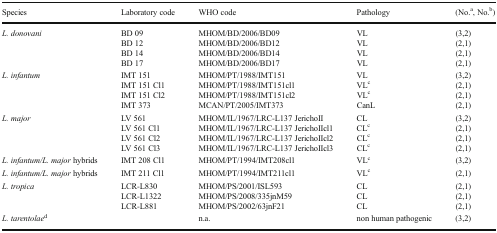
<table><thead><tr><td><b>Species</b></td><td><b>Laboratory code</b></td><td><b>WHO code</b></td><td><b>Pathology</b></td><td><b>(No.<sup>a</sup>, No.<sup>b</sup>)</b></td></tr></thead><tbody><tr><td><i>L. donovani</i></td><td>BD 09BD 12BD 14BD 17</td><td>MHOM/BD/2006/BD09MHOM/BD/2006/BD12MHOM/BD/2006/BD14MHOM/BD/2006/BD17</td><td>VLVLVLVL</td><td>(3,2)(2,1)(2,1)(2,1)</td></tr><tr><td><i>L. infantum</i></td><td>IMT 151IMT 151 Cl1IMT 151 Cl2IMT 373</td><td>MHOM/PT/1988/IMT151MHOM/PT/1988/IMT151cl1MHOM/PT/1988/IMT151cl2MCAN/PT/2005/IMT373</td><td>VLVL<sup>c</sup>VL<sup>c</sup>CanL</td><td>(3,2)(2,1)(2,1)(2,1)</td></tr><tr><td><i>L. major</i></td><td>LV 561LV 561 Cl1LV 561 Cl2LV 561 Cl3</td><td>MHOM/IL/1967/LRC-L137 JerichoIIMHOM/IL/1967/LRC-L137 JerichoIIcl1MHOM/IL/1967/LRC-L137 JerichoIIcl2MHOM/IL/1967/LRC-L137 JerichoIIcl3</td><td>CLCL<sup>c</sup>CL<sup>c</sup>CL<sup>c</sup></td><td>(3,2)(2,1)(2,1)(2,1)</td></tr><tr><td><i>L. infantum/L. major</i> hybrids</td><td>IMT 208 Cl1</td><td>MHOM/PT/1994/IMT208cl1</td><td>VL<sup>c</sup></td><td>(3,2)</td></tr><tr><td><i>L. infantum/L. major</i> hybrids</td><td>IMT 211 Cl1</td><td>MHOM/PT/1994/IMT211cl1</td><td>VL<sup>c</sup></td><td>(2,1)</td></tr><tr><td><i>L. tropica</i></td><td>LCR-L830LCR-L1322LCR-L881</td><td>MHOM/PS/2001/ISL593MHOM/PS/2008/335jnM59MHOM/PS/2002/63jnF21</td><td>CLCLCL</td><td>(2,1)(2,1)(2,1)</td></tr><tr><td><i>L. tarentolae</i><sup>d</sup></td><td></td><td>n.a.</td><td>non human pathogenic</td><td>(3,2)</td></tr></tbody></table>